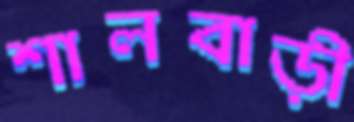
শালবাড়ী